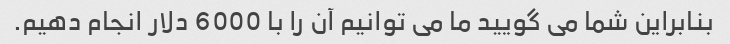
بنابراین شما می گویید ما می توانیم آن را با 6000 دلار انجام دهیم.